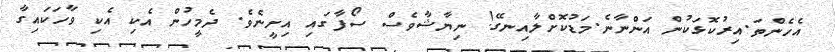
އެހެންތަ.އިރުކޮޅަކުން އަންނާނެ.މަޑުކޮށްލާއިނގޭ! ނިޔާޝާވެސް ސޯފާގައި އިށީނެވެ. ދެމީހުން އެކި އެކި ވާހަކައިގާ